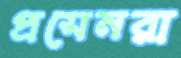
প্রসেনরা